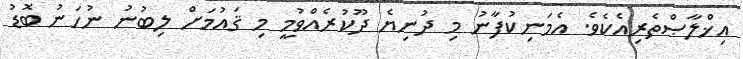
އިޚްލާޞްތެރިއެކެވެ. އެމަނިކުފާނު މި ދުނިޔެ ދޫކުރެއްވުމީ މި ޤައުމަށް ލިބުނު ނުހަނު ބޮޑު